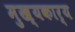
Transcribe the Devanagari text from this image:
मुख्यकार्य